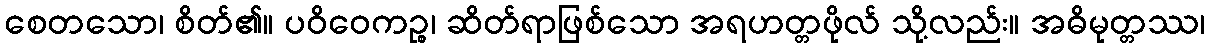
စေတသော၊ စိတ်၏။ ပဝိဝေကဉ္စ၊ ဆိတ်ရာဖြစ်သော အရဟတ္တဖိုလ် သို့လည်း။ အဓိမုတ္တဿ၊